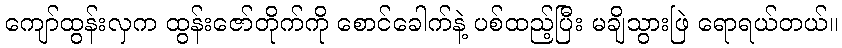
ကျော်ထွန်းလှက ထွန်းဇော်တိုက်ကို စောင်ခေါက်နဲ့ ပစ်ထည့်ပြီး မချိသွားဖြဲ ရောရယ်တယ်။